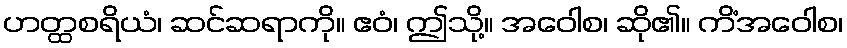
ဟတ္ထစရိယံ၊ ဆင်ဆရာကို။ ဧဝံ၊ ဤသို့။ အဝေါစ၊ ဆို၏။ ကိံအဝေါစ၊